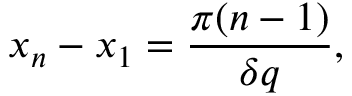
x _ { n } - x _ { 1 } = \frac { \pi ( n - 1 ) } { \delta q } ,